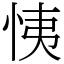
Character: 恞